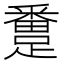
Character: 𨅴